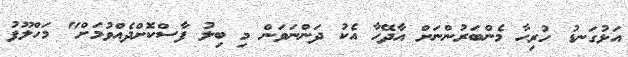
އަޅުގަނޑު ހުރިހާ މެންބަރުންނަށް އާދޭހާ އެކު ދަންނަވަން މި ބިލު ފާސްކޮށްދެއްވުމަށް" މަހްލޫފު